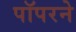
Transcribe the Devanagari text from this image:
पॉपरने